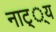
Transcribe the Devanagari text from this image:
नाट््य